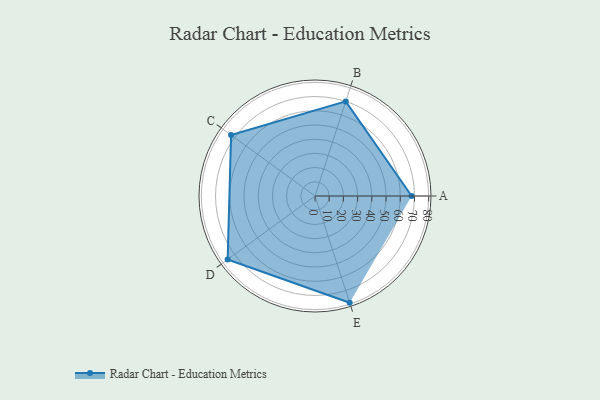
{"axis": {"x": "Skill", "y": "Score"}, "legend": ["Profile"], "data": [{"x": "A", "y": 68.0, "type": "Profile"}, {"x": "B", "y": 70.0, "type": "Profile"}, {"x": "C", "y": 73.0, "type": "Profile"}, {"x": "D", "y": 76.0, "type": "Profile"}, {"x": "E", "y": 79.0, "type": "Profile"}]}